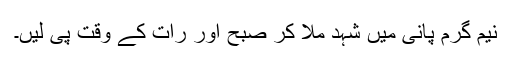
نیم گرم پانی میں شہد ملا کر صبح اور رات کے وقت پی لیں۔